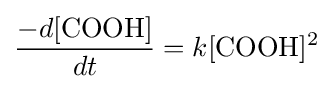
{\frac {-d[{\ce {COOH}}]}{dt}}=k[{\ce {COOH}}]^{2}